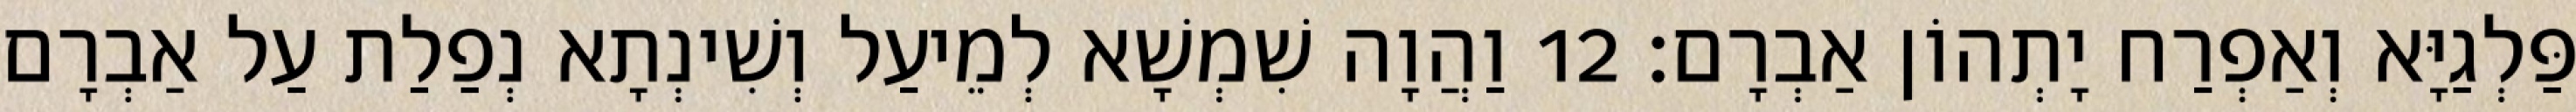
פַּלְגַיָּא וְאַפְרַח יָתְהוֹן אַבְרָם׃ 12 וַהֲוָה שִׁמְשָׁא לְמֵיעַל וְשִׁינְתָא נְפַלַת עַל אַבְרָם